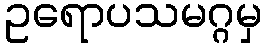
ဥရောပသမဂ္ဂမှ